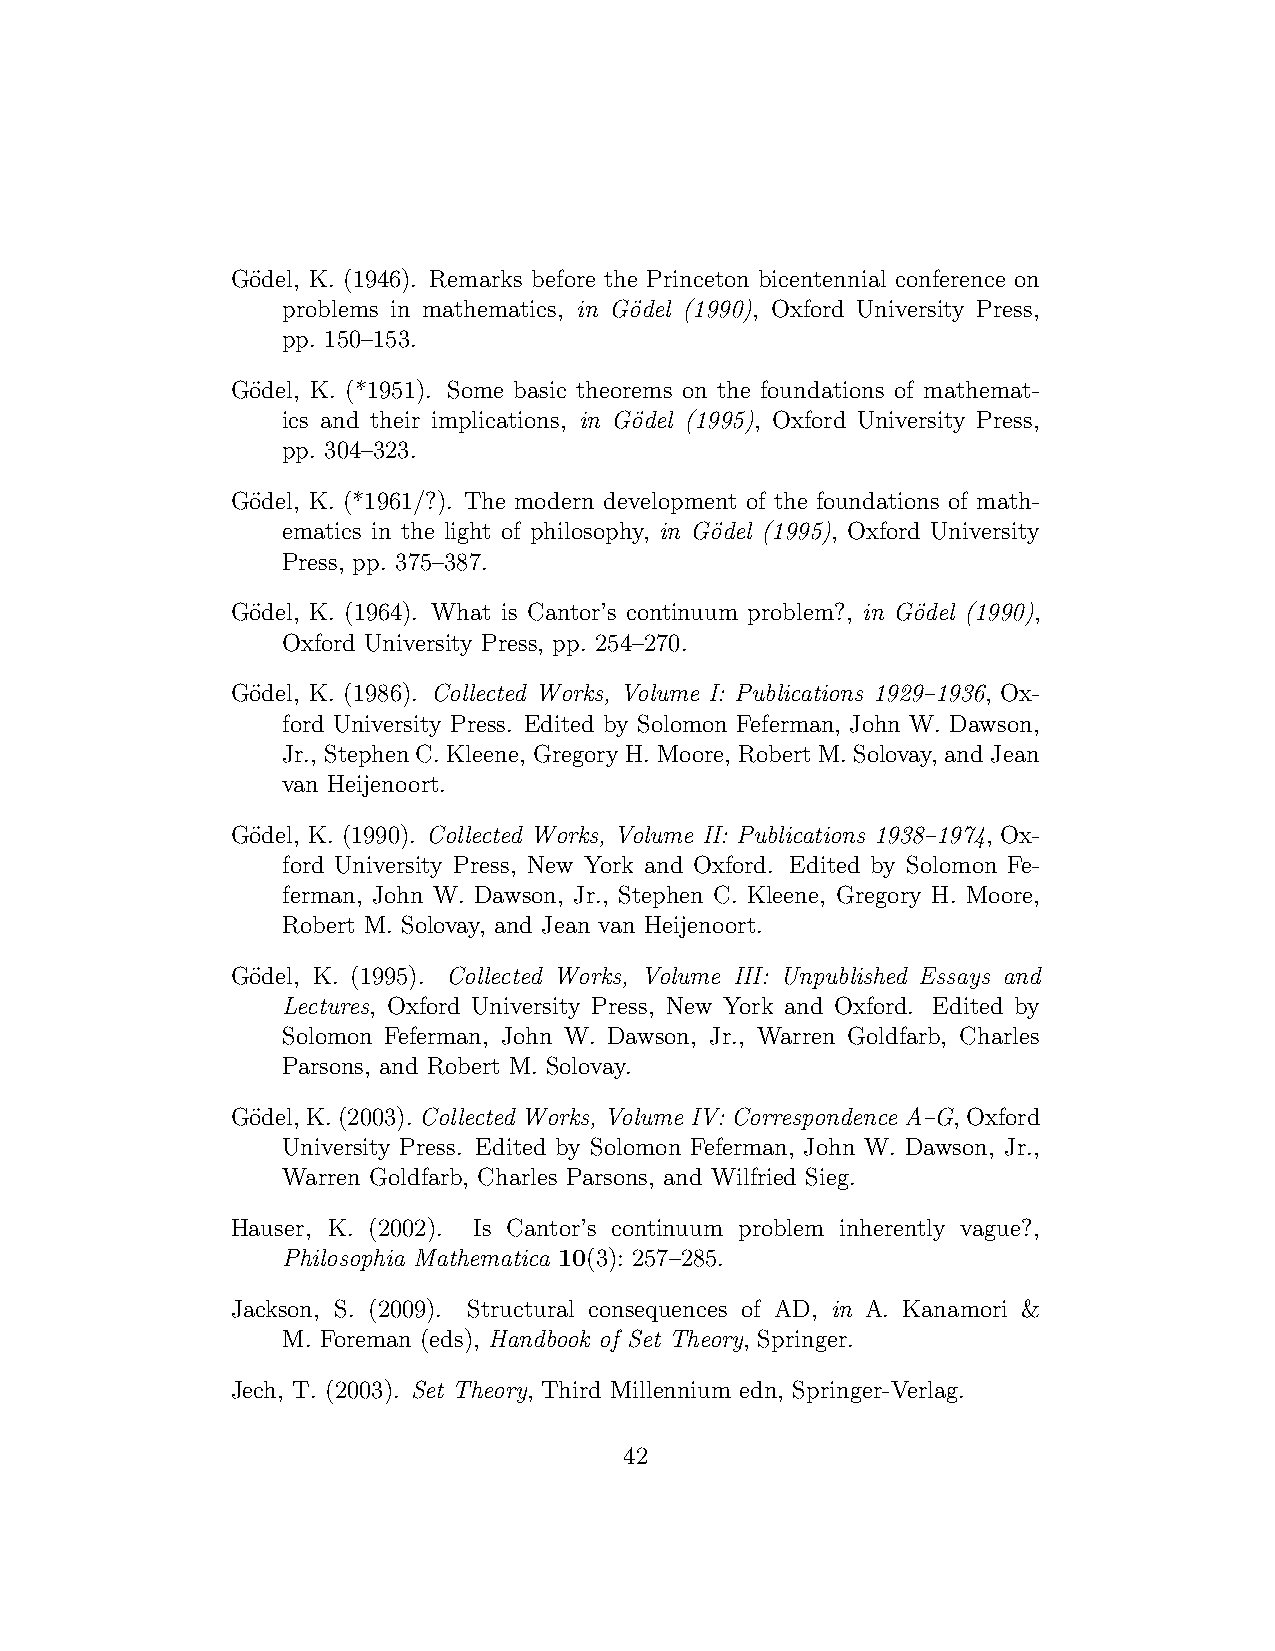
Go¨del, K. (1946). Remarks before the Princeton bicentennial conference on
 problems in mathematics, in G¨odel (1990), Oxford University Press,
 pp. 150–153.
 Go¨del, K. (*1951). Some basic theorems on the foundations of mathemat-
 ics and their implications, in G¨odel (1995), Oxford University Press,
 pp. 304–323.
 Go¨del, K. (*1961/?). The modern development of the foundations of math-
 ematics in the light of philosophy, in G¨odel (1995), Oxford University
 Press, pp. 375–387.
 Go¨del, K. (1964). What is Cantor’s continuum problem?, in G¨odel (1990),
 Oxford University Press, pp. 254–270.
 Go¨del, K. (1986). Collected Works, Volume I: Publications 1929–1936, Ox-
 ford University Press. Edited by Solomon Feferman, John W. Dawson,
 Jr., Stephen C. Kleene, Gregory H. Moore, Robert M. Solovay, and Jean
 van Heijenoort.
 Go¨del, K. (1990). Collected Works, Volume II: Publications 1938–1974, Ox-
 ford University Press, New York and Oxford. Edited by Solomon Fe-
 ferman, John W. Dawson, Jr., Stephen C. Kleene, Gregory H. Moore,
 Robert M. Solovay, and Jean van Heijenoort.
 Go¨del, K. (1995). Collected Works, Volume III: Unpublished Essays and
 Lectures, Oxford University Press, New York and Oxford. Edited by
 Solomon Feferman, John W. Dawson, Jr., Warren Goldfarb, Charles
 Parsons, and Robert M. Solovay.
 Go¨del, K.(2003). Collected Works, Volume IV: Correspondence A–G,Oxford
 University Press. Edited by Solomon Feferman, John W. Dawson, Jr.,
 Warren Goldfarb, Charles Parsons, and Wilfried Sieg.
 Hauser, K. (2002). Is Cantor’s continuum problem inherently vague?,
 Philosophia Mathematica 10(3): 257–285.
 Jackson, S. (2009). Structural consequences of AD, in A. Kanamori &
 M. Foreman (eds), Handbook of Set Theory, Springer.
 Jech, T. (2003). Set Theory, Third Millennium edn, Springer-Verlag.
 42